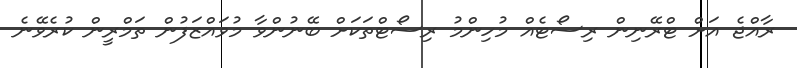
ރާއްޖެ އަށް ޓްރޭނިން ރިސޯޓެއް މުހިންމު ރިސޯޓްތަކަށް ބޭނުންވާ މުވައްޒަފުން ތަމްރީން ކުރެވޭނެ